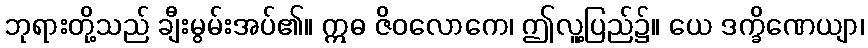
ဘုရားတို့သည် ချီးမွမ်းအပ်၏။ ဣဓ ဇိဝလောကေ၊ ဤလူ့ပြည်၌။ ယေ ဒက္ခိဏေယျာ၊